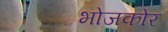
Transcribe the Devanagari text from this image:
भोजकोर